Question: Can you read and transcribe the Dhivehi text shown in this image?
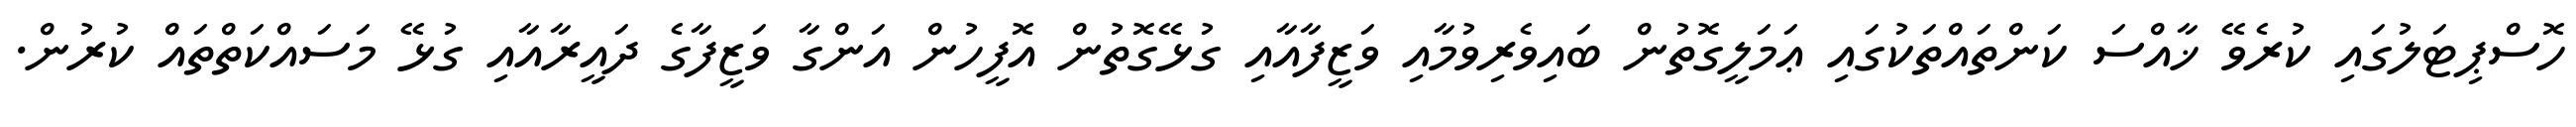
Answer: ހޮސްޕިޓަލުގައި ކުރެވޭ ޚާއްސަ ކަންތައްތަކުގައި ޢަމަލީގޮތުން ބައިވެރިވުމާއި ވަޒީފާއާއި ގުޅޭގޮތުން އޮފީހުން އަންގާ ވަޒީފާގެ ދައީރާއާއި ގުޅޭ މަސައްކަތްތައް ކުރުން.